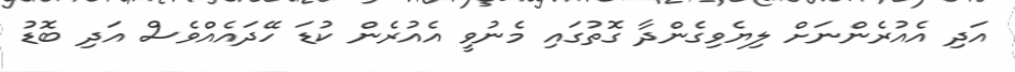
އަދި އެއުރެންނަށް ލިޔެވިގެންދާ ގޮތުގައި މެނުވީ އެއުރެން ކުޑަ ހޭދައެއްވެސް އަދި ބޮޑު